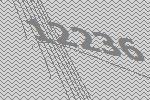
12236